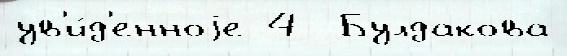
ув'и́д'енноjе 4  Булдакова